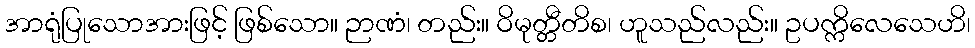
အာရုံပြုသောအားဖြင့် ဖြစ်သော။ ဉာဏံ၊ တည်း။ ဝိမုတ္တီတိစ၊ ဟူသည်လည်း။ ဥပက္ကိလေသေဟိ၊